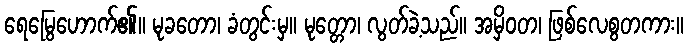
ရေမြွေဟောက်၏။ မုခတော၊ ခံတွင်းမှ။ မုတ္တော၊ လွတ်ခဲ့သည်။ အမှိဝတ၊ ဖြစ်လေစွတကား။